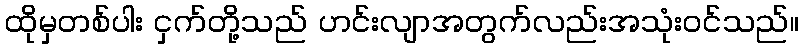
ထိုမှတစ်ပါး ငှက်တို့သည် ဟင်းလျာအတွက်လည်းအသုံးဝင်သည်။